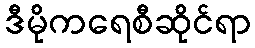
ဒီမိုကရေစီဆိုင်ရာ